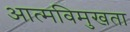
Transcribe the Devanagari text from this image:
आत्मविमुखता